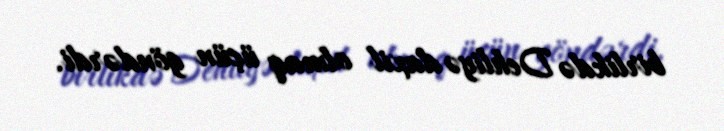
birlikdə Dehliyə daxil olmaq üçün göndərdi.